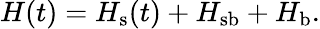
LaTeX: \begin{array}{r}{H(t)=H_{\textrm{s}}(t)+H_{\textrm{sb}}+H_{\textrm{b}}.}\end{array}